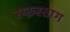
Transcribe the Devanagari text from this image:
रय्ख़्स्ताग